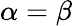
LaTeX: \alpha=\beta